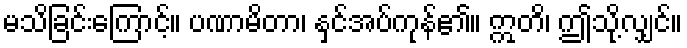
မသိခြင်းကြောင့်။ ပဏာမိတာ၊ နှင်အပ်ကုန်၏။ ဣတိ၊ ဤသို့လျှင်။